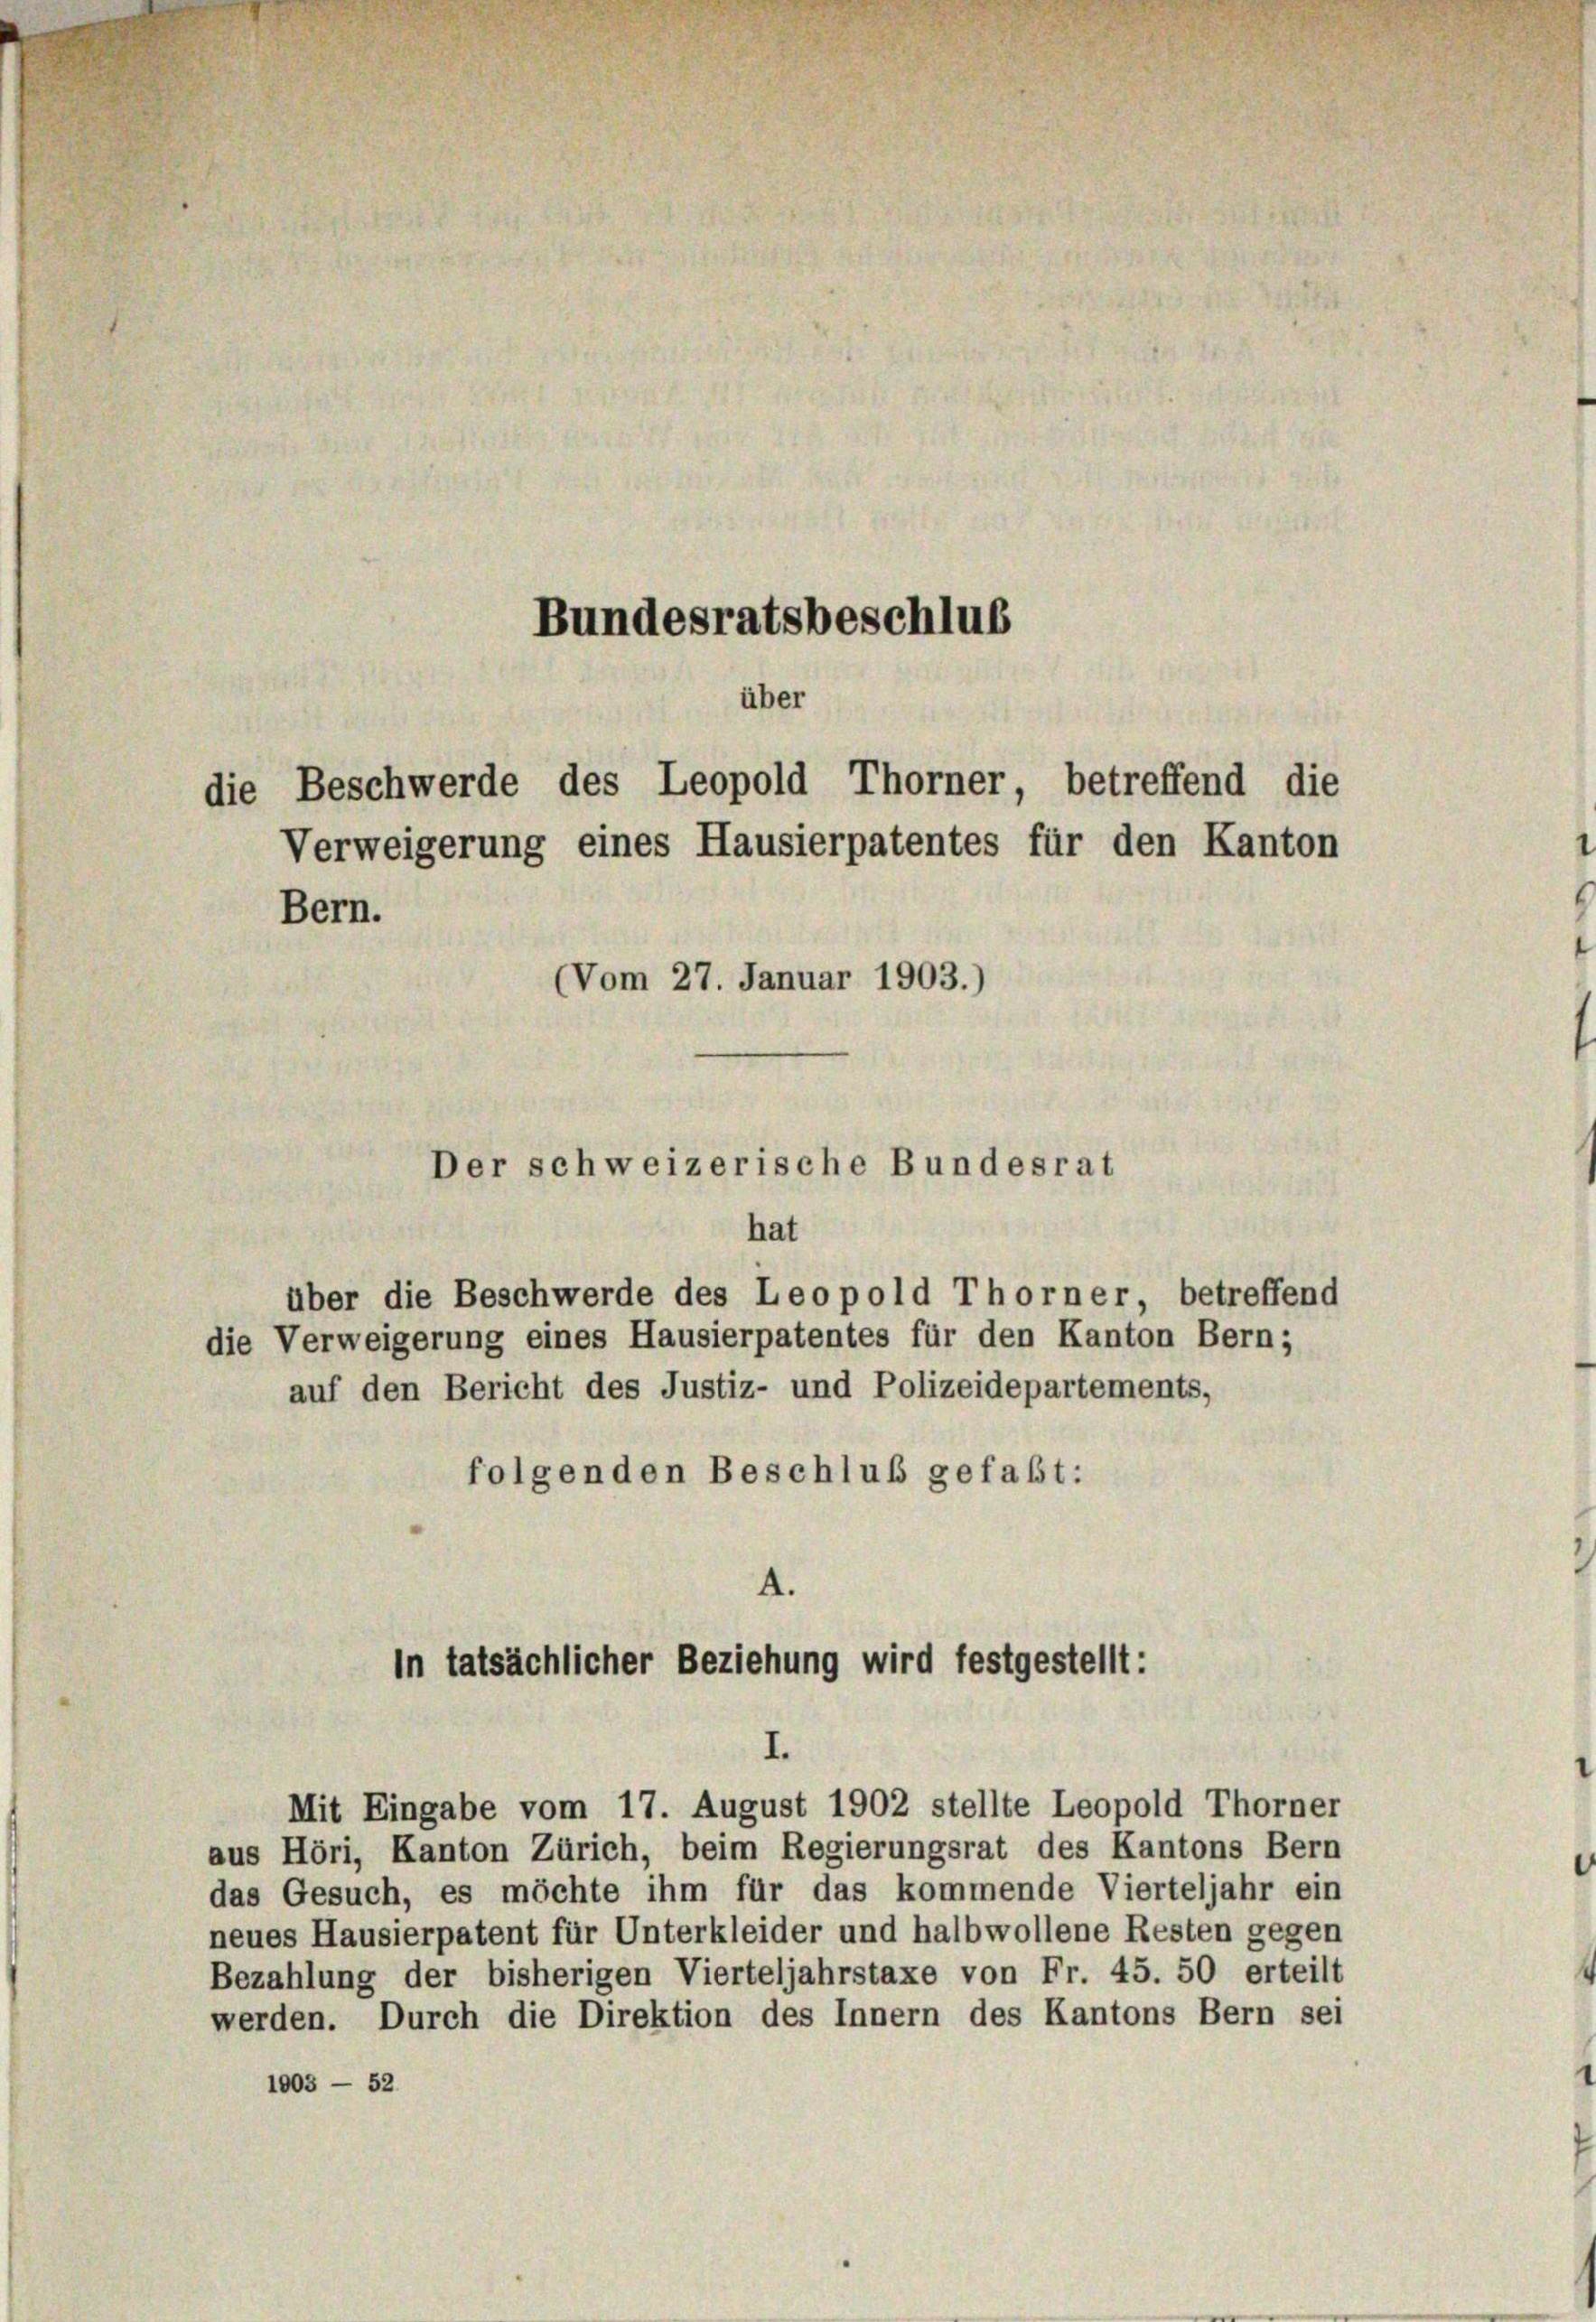
die Beschwerde des Leopold Thorner, betreffend die
Verweigerung eines Hausierpatentes für den Kanton
Bern.
(Vom 27. Januar 1903.)

Bundesratsbeschlus
über

Der schweizerische Bundesrat
hat
über die Beschwerde des Leopold Thorner, betreffend

die Verweigerung eines Hausierpatentes für den Kanton Bern;
auf den Bericht des Justiz- und Polizeidepartements,
folgenden Beschluß gefaßt:

aus Höri, Kanton Zürich, beim Regierungsrat des Kantons Bern
das Gesuch, es möchte ihm für das kommende Vierteljahr ein
neues Hausierpatent für Unterkleider und halb wollene Resten gegen
Bezahlung der bisherigen Vierteljahrstaxe von Fr. 45. 50 erteilt
werden. Durch die Direktion des Innern des Kantons Bern sei
1003 — 52

A.
in tatsächlicher Beziehung wird festgestellt:
I.
Mit Eingabe vom 17. August 1902 stellte Leopold Thorner